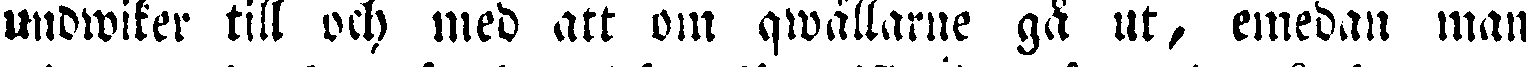
undwiker till och med att om qwällarne gå ut, emedan man